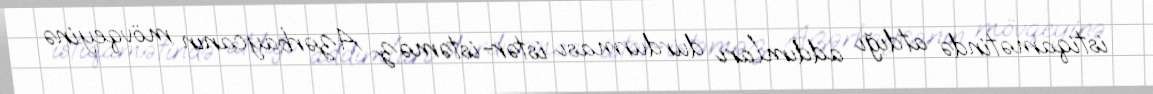
istiqamətində atdığı addımları durdurması istər-istəməz Azərbaycanın mövqeyinə